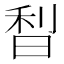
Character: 𣇘